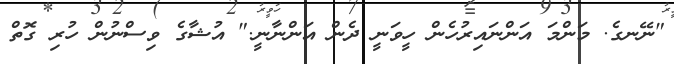
"ނޭނގެ. މަންމަ އަންނައިރުހެން ހީވަނީ ދެން އަންނާނީ." އުޝާގެ ވިސްނުން ހުރި ގޮތް